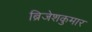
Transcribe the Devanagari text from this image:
ब्रिजेशकुमार